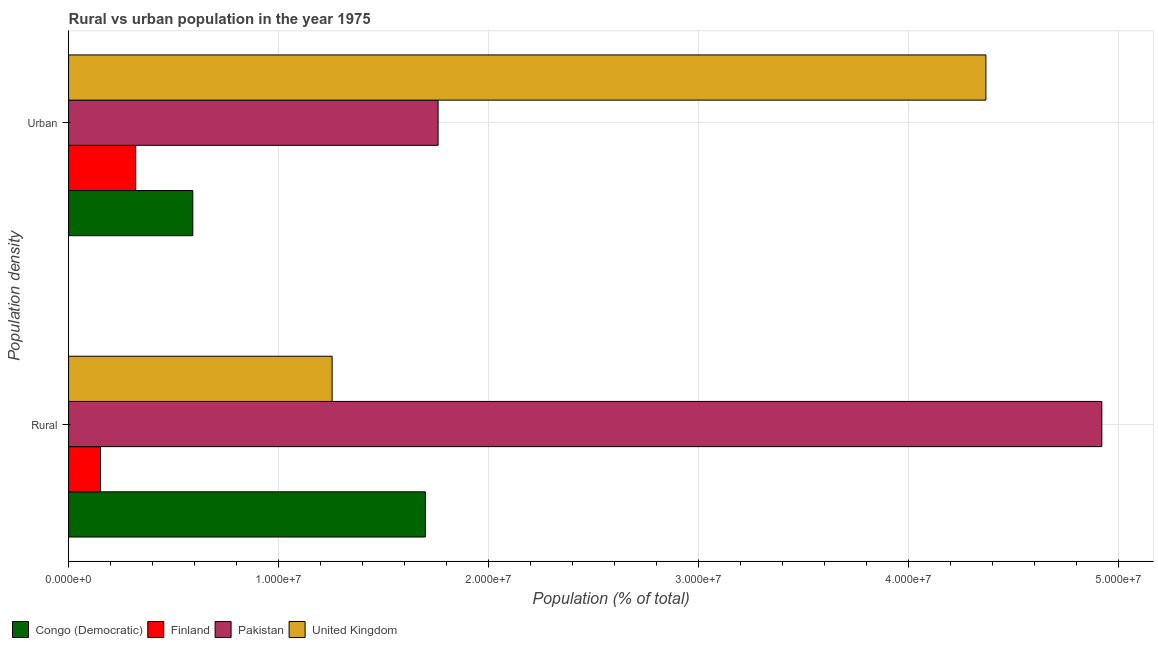
| Population density | Congo (Democratic) | Finland | Pakistan | United Kingdom |
 | --- | --- | --- | --- | --- |
 | Rural | 1.7e+07 | 1.52e+06 | 4.92e+07 | 1.25e+07 |
 | Urban | 5.91e+06 | 3.2e+06 | 1.76e+07 | 4.37e+07 |